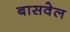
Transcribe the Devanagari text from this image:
बासवेल